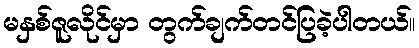
မနှစ်ဇူလိုင်မှာ တွက်ချက်တင်ပြခဲ့ပါတယ်။